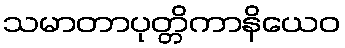
သမာတာပုတ္တိကာနိယေဝ